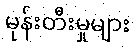
မုန်းတီးမှုများ